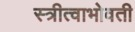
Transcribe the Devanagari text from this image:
स्त्रीत्वाभोवती